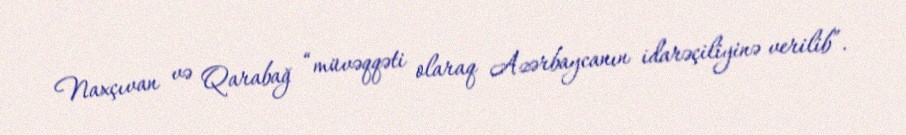
Naxçıvan və Qarabağ “müvəqqəti olaraq Azərbaycanın idarəçiliyinə verilib”.